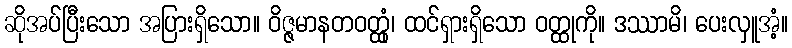
ဆိုအပ်ပြီးသော အပြားရှိသော။ ဝိဇ္ဇမာနတဝတ္ထုံ၊ ထင်ရှားရှိသော ဝတ္ထုကို။ ဒဿာမိ၊ ပေးလှူအံ့။